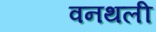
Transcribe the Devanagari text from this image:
वनथली